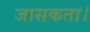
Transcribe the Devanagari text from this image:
जासकता।